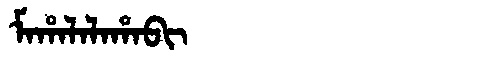
Manchu: ᠮᠠᡥᠠᠯᠠᠯᠠᡥᠠᠪᡳ
Romanization: MAHALALAHABI